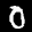
Label: 0